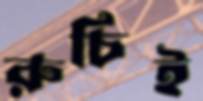
রুচিই